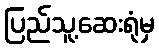
ပြည်သူ့ဆေးရုံမှ